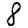
Digit: 8